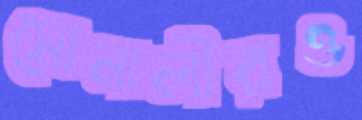
সোনালীরও